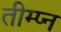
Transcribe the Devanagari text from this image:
तीम्प्न